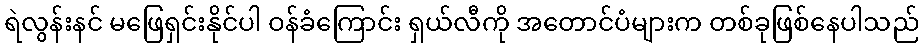
ရဲလွန်းနင် မဖြေရှင်းနိုင်ပါ ဝန်ခံကြောင်း ရှယ်လီကို အတောင်ပံများက တစ်ခုဖြစ်နေပါသည်